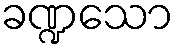
ခဏ္ဍသော